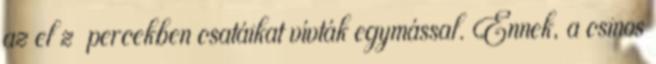
az elızı percekben csatáikat vívták egymással. Ennek, a csinos